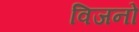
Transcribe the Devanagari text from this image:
विजनों